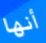
أنها